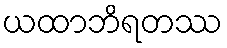
ယထာဘိရတဿ